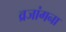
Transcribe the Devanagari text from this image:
व्रजांगना